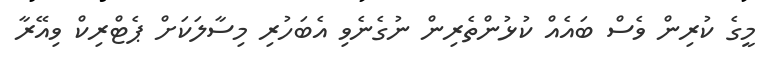
މީގެ ކުރިން ވެސް ބައެއް ކުޅުންތެރިން ނުގެނެވި އެބަހުރި މިސާލަކަށް ޕެޓްރިކް ވިއޭރާ